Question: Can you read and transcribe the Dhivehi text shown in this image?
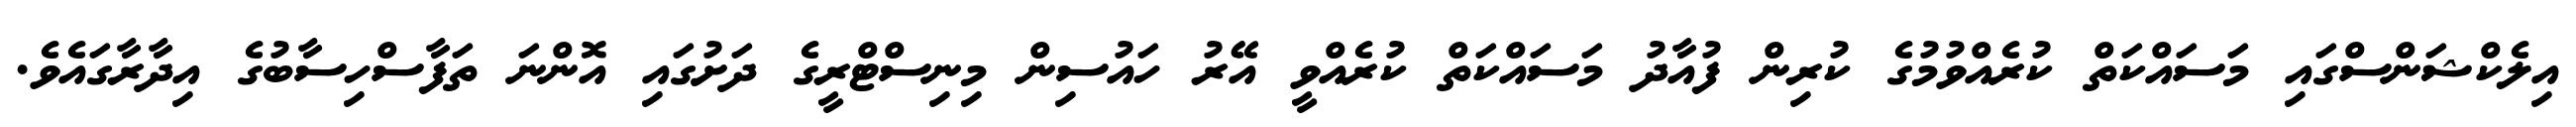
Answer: އިލެކްޝަންސްގައި މަސައްކަތް ކުރެއްވުމުގެ ކުރިން ފުއާދު މަސައްކަތް ކުރެއްވީ އޭރު ހައުސިން މިނިސްޓްރީގެ ދަށުގައި އޮންނަ ތަފާސްހިސާބުގެ އިދާރާގައެވެ.